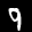
Label: 9